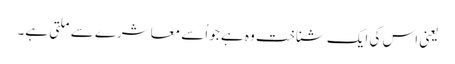
یعنی اس کی ایک شناخت وہ ہے جو اُسے معاشرے سے ملتی ہے۔